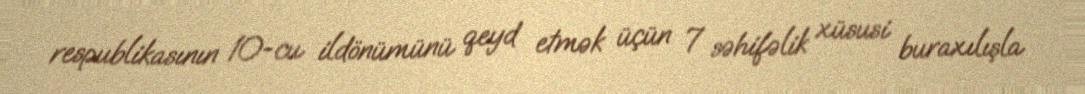
respublikasının 10-cu ildönümünü qeyd etmək üçün 7 səhifəlik xüsusi buraxılışla